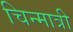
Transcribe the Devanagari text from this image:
चिन्मात्री